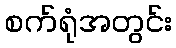
စက်ရုံအတွင်း